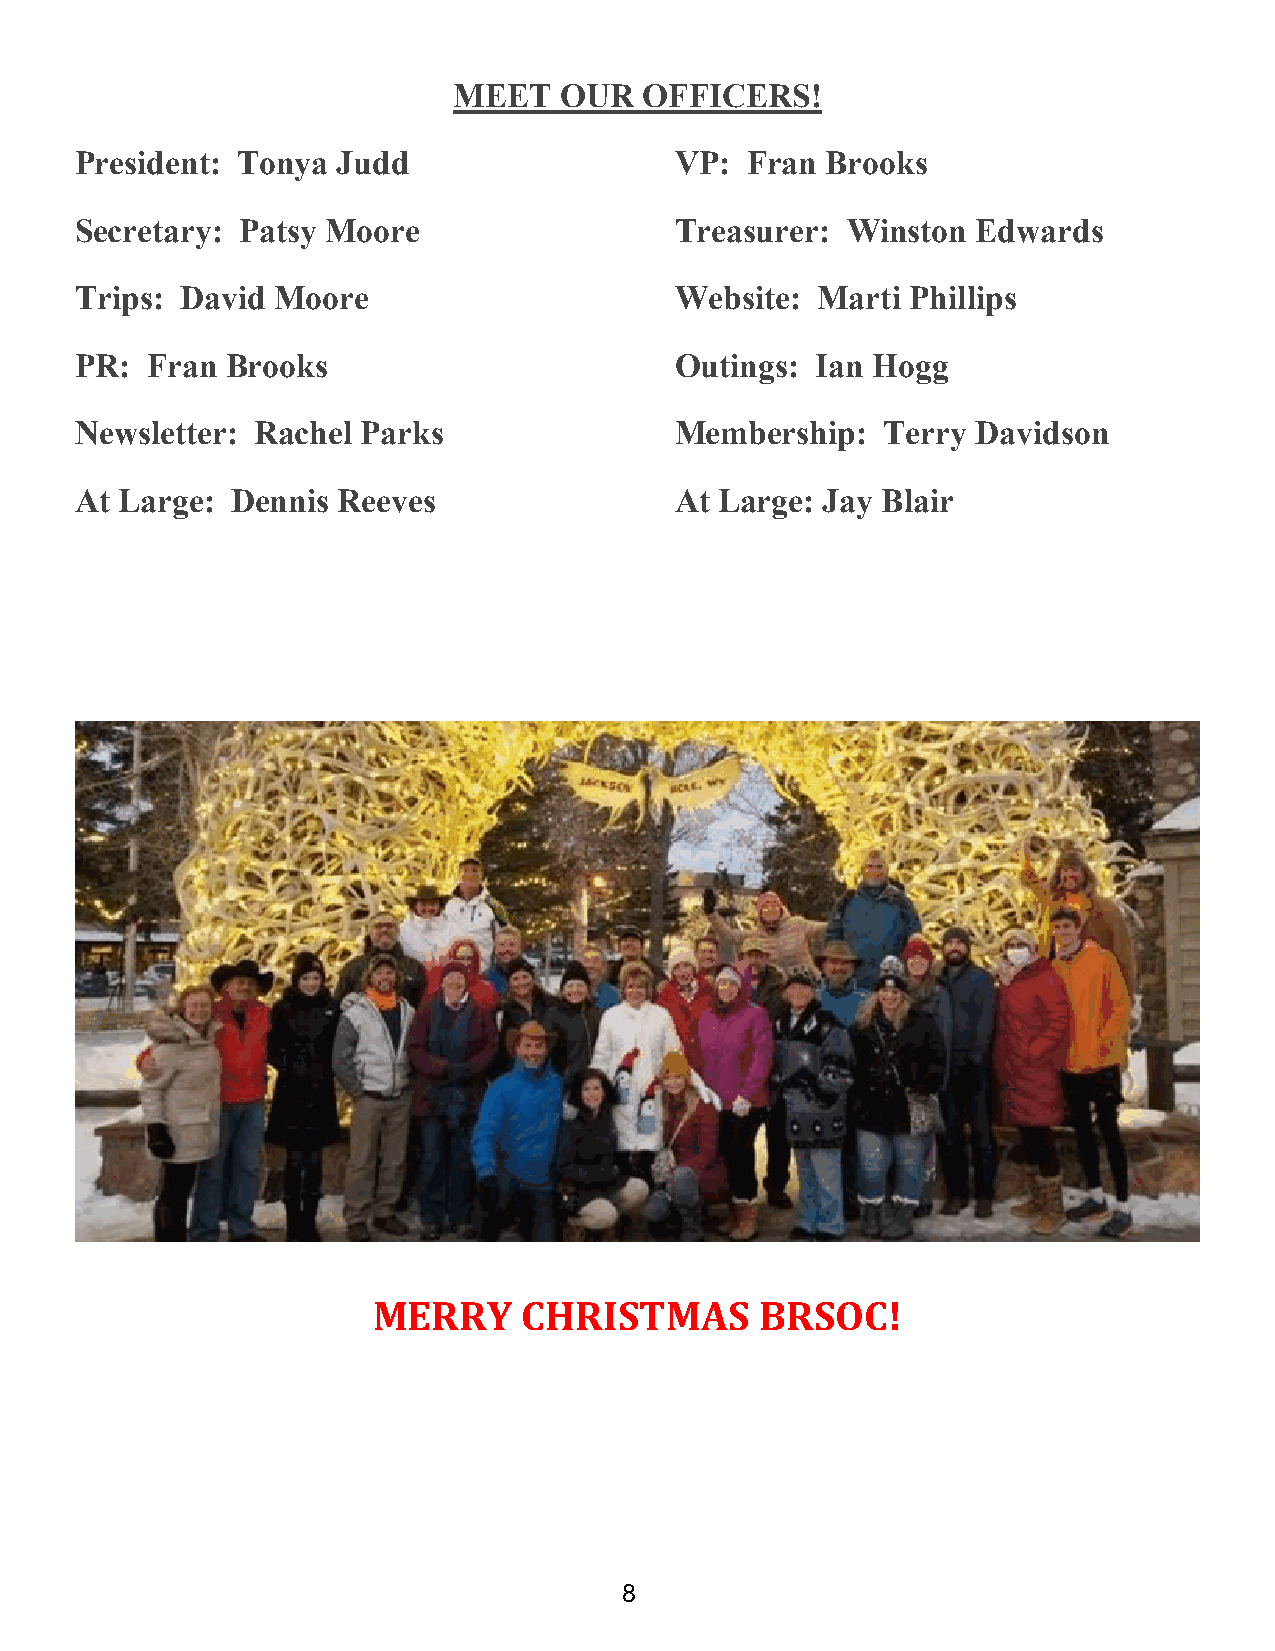
MEET   OUR   OFFICERS!
 President: Tonya Judd                   VP: Fran  Brooks
 Secretary: Patsy Moore                  Treasurer: Winston  Edwards
 Trips: David Moore                      Website: Marti Phillips
 PR:  Fran Brooks                        Outings: Ian Hogg
 Newsletter: Rachel Parks                Membership:   Terry Davidson
 At Large: Dennis Reeves                 At Large: Jay Blair
 MERRY     CHRISTMAS      BRSOC!
 8